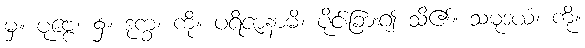
မှ။ ပုဗ္ဗေ၊ ၌။ ဒုက္ခံ၊ ကို။ ပရိဇာနာမိ၊ ပိုင်းခြား၍ သိ၏။ သမုဒယံ၊ ကို။